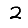
Digit: 2